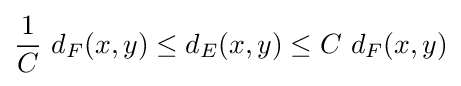
{1 \over C}\ d_{F}(x,y)\leq d_{E}(x,y)\leq C\ d_{F}(x,y)